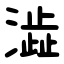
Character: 澁